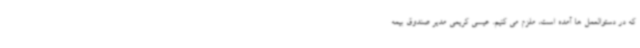
که در دستوالعمل ها آمده است، ملزم می کنیم. عیسی کریمی مدیر صندوق بیمه